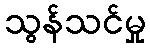
သွန်သင်မှု